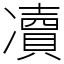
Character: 凟